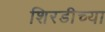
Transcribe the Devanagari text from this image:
शिरडीच्या